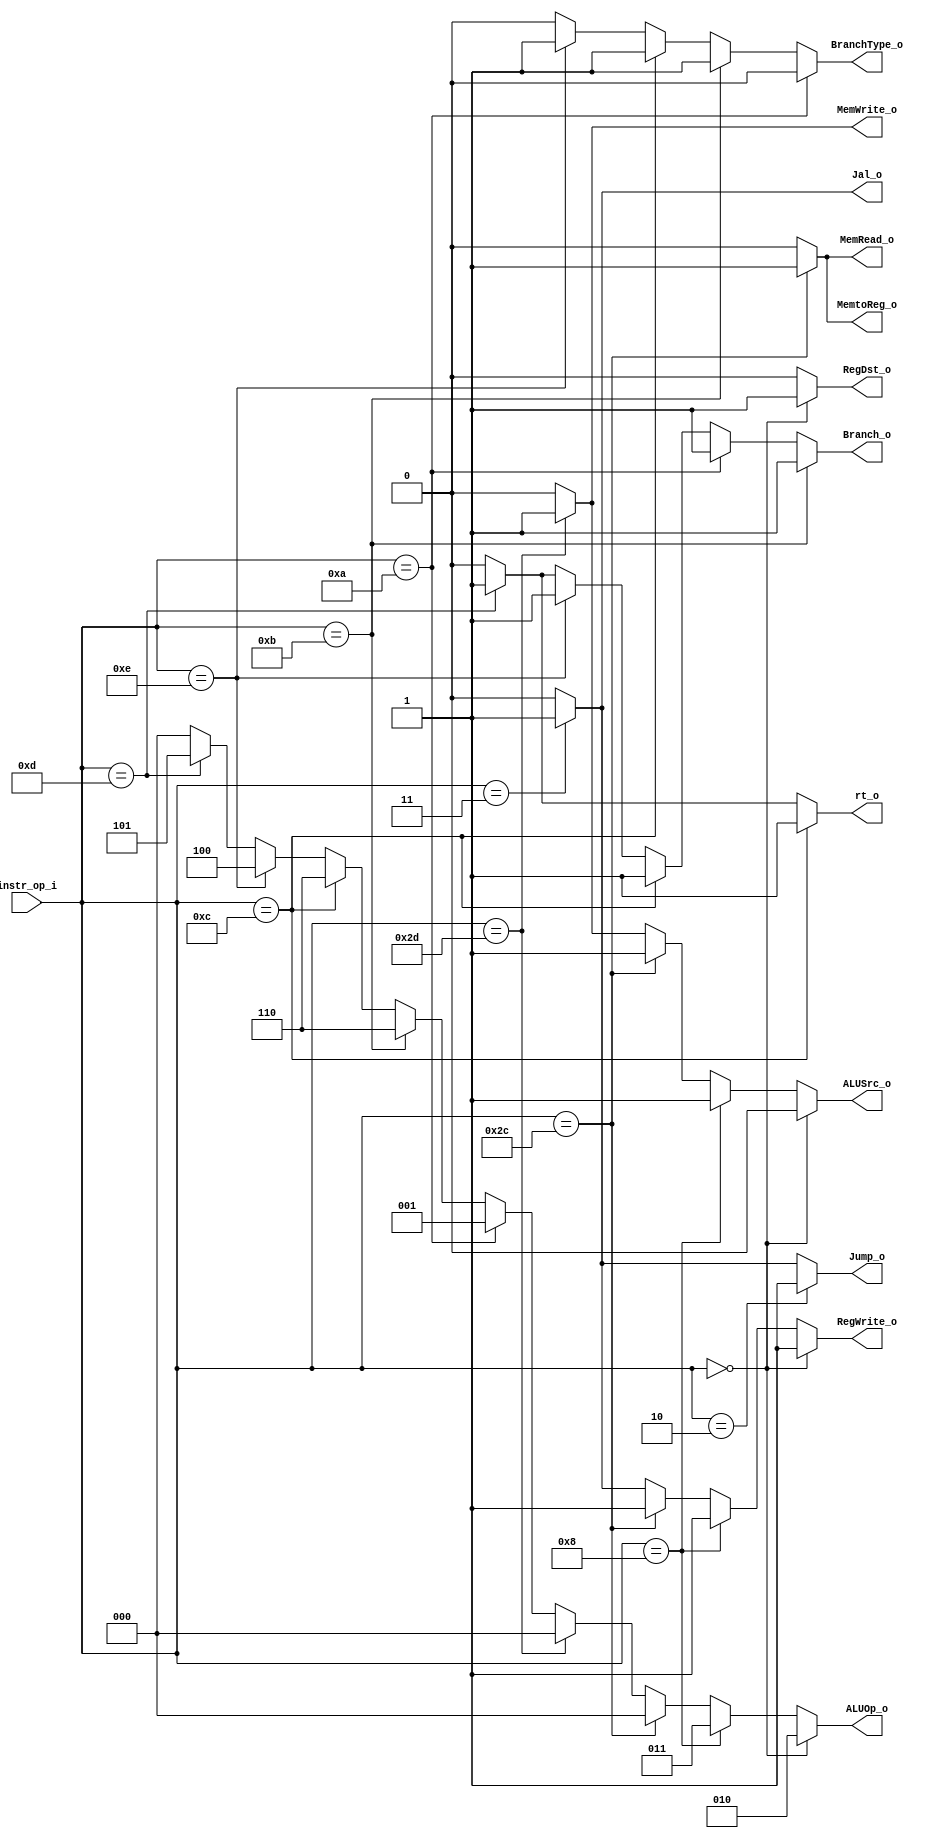
// Class: 109  
module Decoder( instr_op_i, RegWrite_o,	ALUOp_o, ALUSrc_o, RegDst_o, Branch_o, MemRead_o, MemWrite_o, MemtoReg_o, Jump_o, BranchType_o, Jal_o, rt_o);
     
//I/O ports
input	[6-1:0] instr_op_i;

output			RegWrite_o;
output	[3-1:0] ALUOp_o;
output			ALUSrc_o;
output			RegDst_o;
 
//Internal Signals
wire	[3-1:0] ALUOp_o;
wire			ALUSrc_o;
wire			RegWrite_o;
wire			RegDst_o;

//parameter
parameter RType= 6'b000000;
parameter addi = 6'b001000;
parameter lw   = 6'b101100;
parameter sw   = 6'b101101;
parameter beq  = 6'b001010;
parameter bne  = 6'b001011;
parameter jump = 6'b000010;
parameter jal  = 6'b000011;
parameter blt  = 6'b001110;
parameter bnez = 6'b001100;
parameter bgez = 6'b001101;

//new signals
output wire Branch_o;
output wire MemRead_o;
output wire MemWrite_o;
output wire MemtoReg_o;
output wire Jump_o;
output wire BranchType_o;
output wire Jal_o;
output wire rt_o;

//Main function
assign RegWrite_o = (instr_op_i == RType) ? 1'b1 :
					(instr_op_i == addi) ? 1'b1 : 
					(instr_op_i == lw) ? 1'b1 : 
					(instr_op_i == jal) ? 1'b1 : 1'b0;
assign ALUOp_o = 	(instr_op_i == RType) ? 3'b010 :
					(instr_op_i == addi) ? 3'b011 : 
					(instr_op_i == lw) ? 3'b000 :
					(instr_op_i == sw) ? 3'b000 :
					(instr_op_i == beq) ? 3'b001 :
					(instr_op_i == bne) ? 3'b110 :
					(instr_op_i == bnez) ? 3'b110 :
					(instr_op_i == blt) ? 3'b100 : 
					(instr_op_i == bgez) ? 3'b101 : 3'b000;
assign ALUSrc_o = 	(instr_op_i == RType) ? 1'b0 :
					(instr_op_i == addi) ? 1'b1 :
					(instr_op_i == lw) ? 1'b1 :
					(instr_op_i == sw) ? 1'b1 : 1'b0;
assign RegDst_o = 	(instr_op_i == RType) ? 1'b1 :
					(instr_op_i == addi) ? 1'b0 : 1'b0;
assign Branch_o = 	(instr_op_i == bne) ? 1'b1 :
					(instr_op_i == beq) ? 1'b1 :
					(instr_op_i == bnez) ? 1'b1 :
					(instr_op_i == blt) ? 1'b1 :
					(instr_op_i == bgez) ? 1'b1 : 1'b0;
assign MemRead_o = 	(instr_op_i == lw) ? 1'b1 : 1'b0;
assign MemWrite_o = (instr_op_i == sw) ? 1'b1 : 1'b0;
assign MemtoReg_o = (instr_op_i == lw) ? 1'b1 : 1'b0;
assign Jump_o = 	(instr_op_i == jump) ? 1'b1 : 
					(instr_op_i == jal) ? 1'b1 : 1'b0;
assign BranchType_o=(instr_op_i == beq) ? 1'b0 : 
					(instr_op_i == bne) ? 1'b1 : 
					(instr_op_i == bnez) ? 1'b1 :
					(instr_op_i == blt) ? 1'b1 :
					(instr_op_i == bgez) ? 1'b0 : 1'b0;
assign Jal_o =		(instr_op_i == jal) ? 1'b1 : 1'b0;
assign rt_o =		(instr_op_i == bnez) ? 1'b1 :
					(instr_op_i == bgez) ? 1'b1 : 1'b0;
endmodule